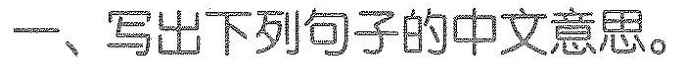
一、写出下列句子的中文意思.。